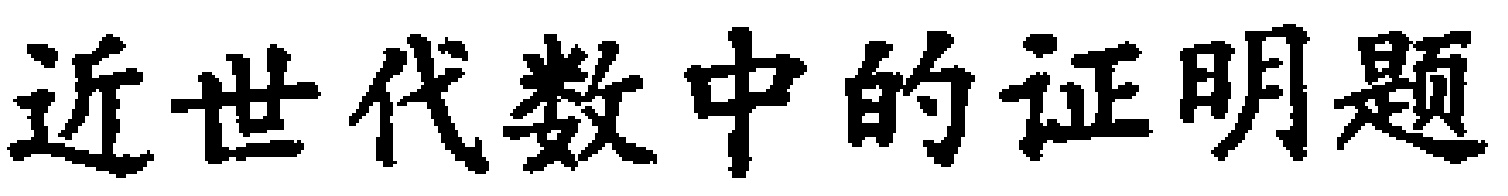
近世代数中的证明题